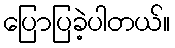
ပြောပြခဲ့ပါတယ်။